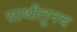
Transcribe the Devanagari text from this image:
साथीतूनच